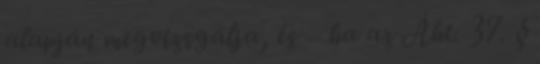
alapján megvizsgálja, és – ha az Áht. 37. §